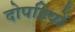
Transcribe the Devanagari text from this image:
दोपहियों